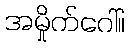
အမှိုက်ဂေါ်။